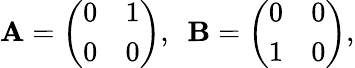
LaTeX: \mathbf{A}={\left(\begin{array}{ll}{0}&{1}\\ {0}&{0}\end{array}\right)},\ \ \mathbf{B}={\left(\begin{array}{ll}{0}&{0}\\ {1}&{0}\end{array}\right)},